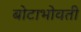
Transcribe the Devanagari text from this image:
बोटाभोवती